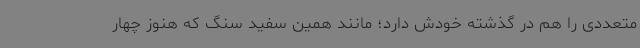
متعددی را هم در گذشته خودش دارد؛ مانند همین سفید سنگ که هنوز چهار